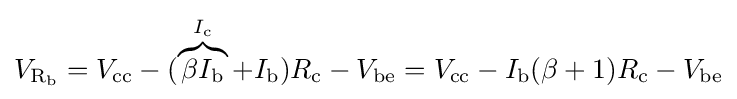
V_{{\text{R}}_{\text{b}}}=V_{\text{cc}}-(\overbrace {\beta I_{\text{b}}} ^{I_{\text{c}}}+I_{\text{b}})R_{\text{c}}-V_{\text{be}}=V_{\text{cc}}-I_{\text{b}}(\beta +1)R_{\text{c}}-V_{\text{be}}